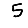
Digit: 5